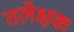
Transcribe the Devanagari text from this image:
तलेक्षक